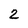
Character: 2